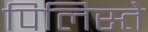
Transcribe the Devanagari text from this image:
पिलिस्ते